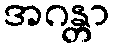
အဂန္တာ